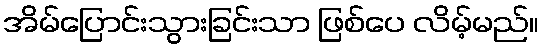
အိမ်ပြောင်းသွားခြင်းသာ ဖြစ်ပေ လိမ့်မည်။